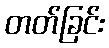
တတ်ခြင်း